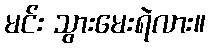
မင်း သွားမေးရဲလား။